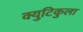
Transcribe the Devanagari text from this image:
क्युटिकुला